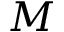
M